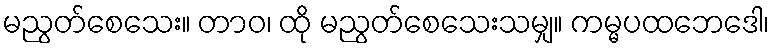
မညွတ်စေသေး။ တာဝ၊ ထို မညွတ်စေသေးသမျှ။ ကမ္မပထဘေဒေါ၊